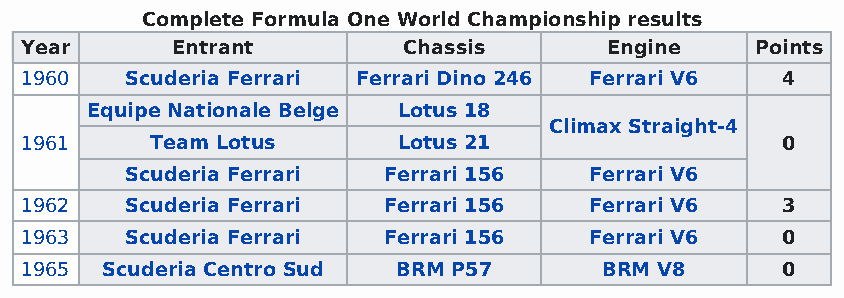
Complete Formula One World Championship results
 Year      Entrant         Chassis      Engine    Points
 1960   Scuderia Ferrari Ferrari Dino 246 Ferrari V6 4
 Equipe Nationale Belge Lotus 18
 Climax Straight-4
 1961     Team Lotus      Lotus 21                  0
 Scuderia Ferrari Ferrari 156   Ferrari V6
 1962   Scuderia Ferrari Ferrari 156   Ferrari V6   3
 1963   Scuderia Ferrari Ferrari 156   Ferrari V6   0
 1965  Scuderia Centro Sud BRM P57      BRM V8      0